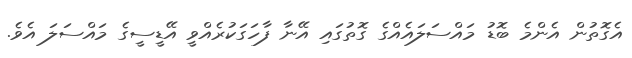
އެގޮތުން އެންމެ ބޮޑު މައްސަލައެއްގެ ގޮތުގައި އޭނާ ފާހަގަކުރެއްވީ އޭޑީސީގެ މައްސަލަ އެވެ.